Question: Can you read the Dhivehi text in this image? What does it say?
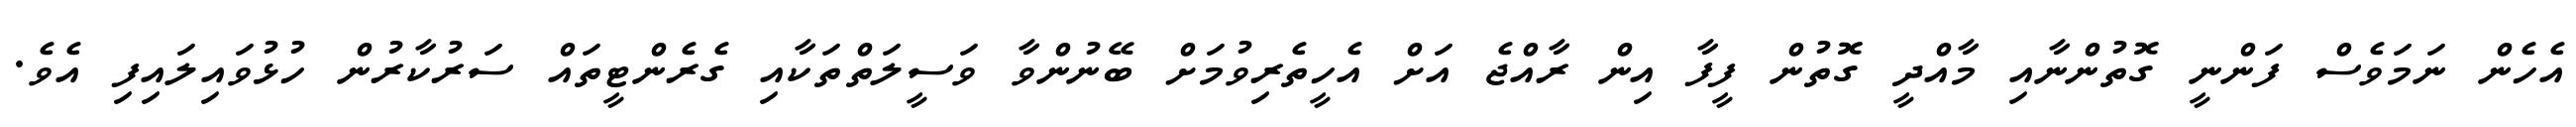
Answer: އެހެން ނަމަވެސް ފަންނީ ގޮތުންނާއި މާއްދީ ގޮތުން ފީފާ އިން ރާއްޖެ އަށް އެހީތެރިވުމަށް ބޭނުންވާ ވަސީލަތްތަކާއި ގެރެންޓީތައް ސަރުކާރުން ހުޅުވައިލައިފި އެވެ.